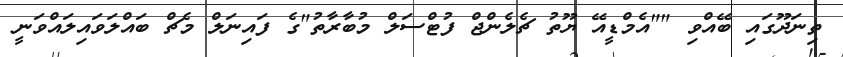
ތިނަދޫގައި ބޭއްވި ""އެމްޑީއޭ ޔޫތު ޗެލެންޖް ފުޓްސަލް މުބާރާތު"ގެ ފައިނަލް މެޗް ބައްލަވައިލައްވަނީ